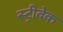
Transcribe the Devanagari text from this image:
स्ट्रीवेक